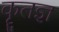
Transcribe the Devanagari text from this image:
कॄतज्ञ